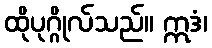
ထိုပုဂ္ဂိုလ်သည်။ ဣဒံ၊